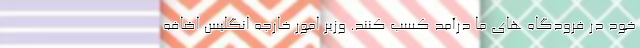
خود در فرودگاه های ما درآمد کسب کنند. وزیر امور خارجه انگلیس اضافه